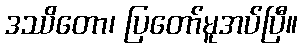
ဒဿိတော၊ ပြတော်မူအပ်ပြီ။